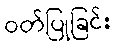
ဝတ်ပြုခြင်း